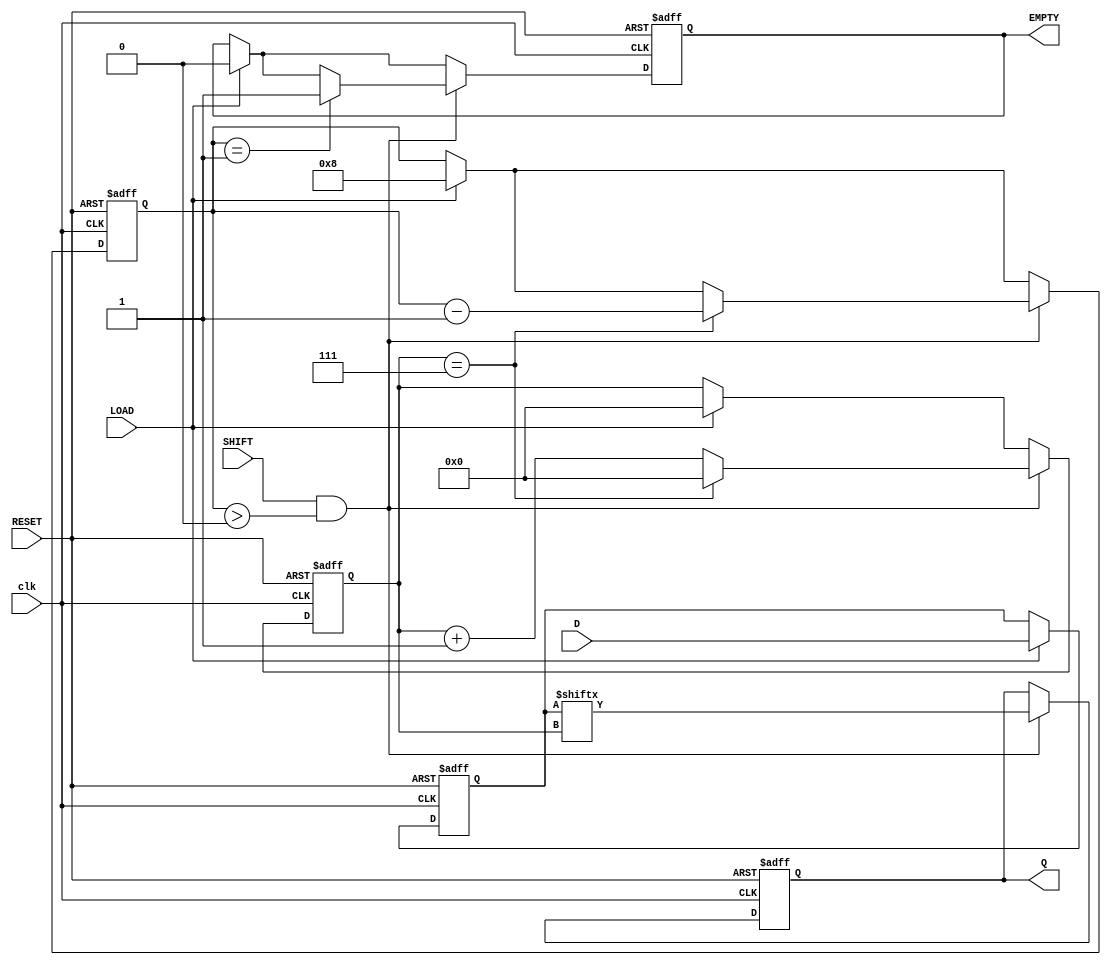
module FIFO_PISO #(
    parameter WIDTH = 8  // Parameter for the width of the data bus
)(
    input wire clk,          // Clock signal
    input wire RESET,        // Asynchronous reset signal
    input wire LOAD,         // Load signal
    input wire SHIFT,        // Shift signal
    input wire [WIDTH-1:0] D, // Parallel data input
    output reg Q,           // Serial output
    output reg EMPTY        // Empty flag
);

    reg [WIDTH-1:0] shift_reg; // Shift register to hold the data
    reg [3:0] count;            // Counter to track number of bits loaded
    reg [3:0] shift_count;      // Counter for shifting bits

    // Asynchronous reset
    always @(posedge clk or posedge RESET) begin
        if (RESET) begin
            shift_reg <= 0;      // Clear the shift register
            count <= 0;          // Reset the count
            shift_count <= 0;     // Reset the shift count
            Q <= 0;              // Clear the output
            EMPTY <= 1;          // Set EMPTY flag
        end else begin
            // Load data into the shift register
            if (LOAD) begin
                shift_reg <= D;   // Load data from D
                count <= WIDTH;   // Set count to WIDTH
                shift_count <= 0; // Reset shift count
                EMPTY <= 0;       // Clear EMPTY flag
            end
            
            // Shift data out serially
            if (SHIFT && count > 0) begin
                Q <= shift_reg[shift_count]; // Output the current bit
                shift_count <= shift_count + 1; // Increment shift count
                
                // Update count and EMPTY flag
                if (shift_count == (WIDTH - 1)) begin
                    count <= count - 1; // Decrease the count
                    shift_count <= 0;    // Reset shift count for next shift
                end
                
                // Check if FIFO is empty
                if (count == 1) begin
                    EMPTY <= 1; // Set EMPTY flag if no more bits to shift
                end
            end
        end
    end

endmodule